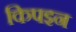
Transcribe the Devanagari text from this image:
किपइन